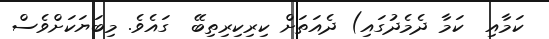
ކަމާއި  ކަމާ ދެމެދުގައި) ދެއަތަށް ކިރިކިރިތިބޭ  ގައެވެ. މިބަޔަކަށްވެސް